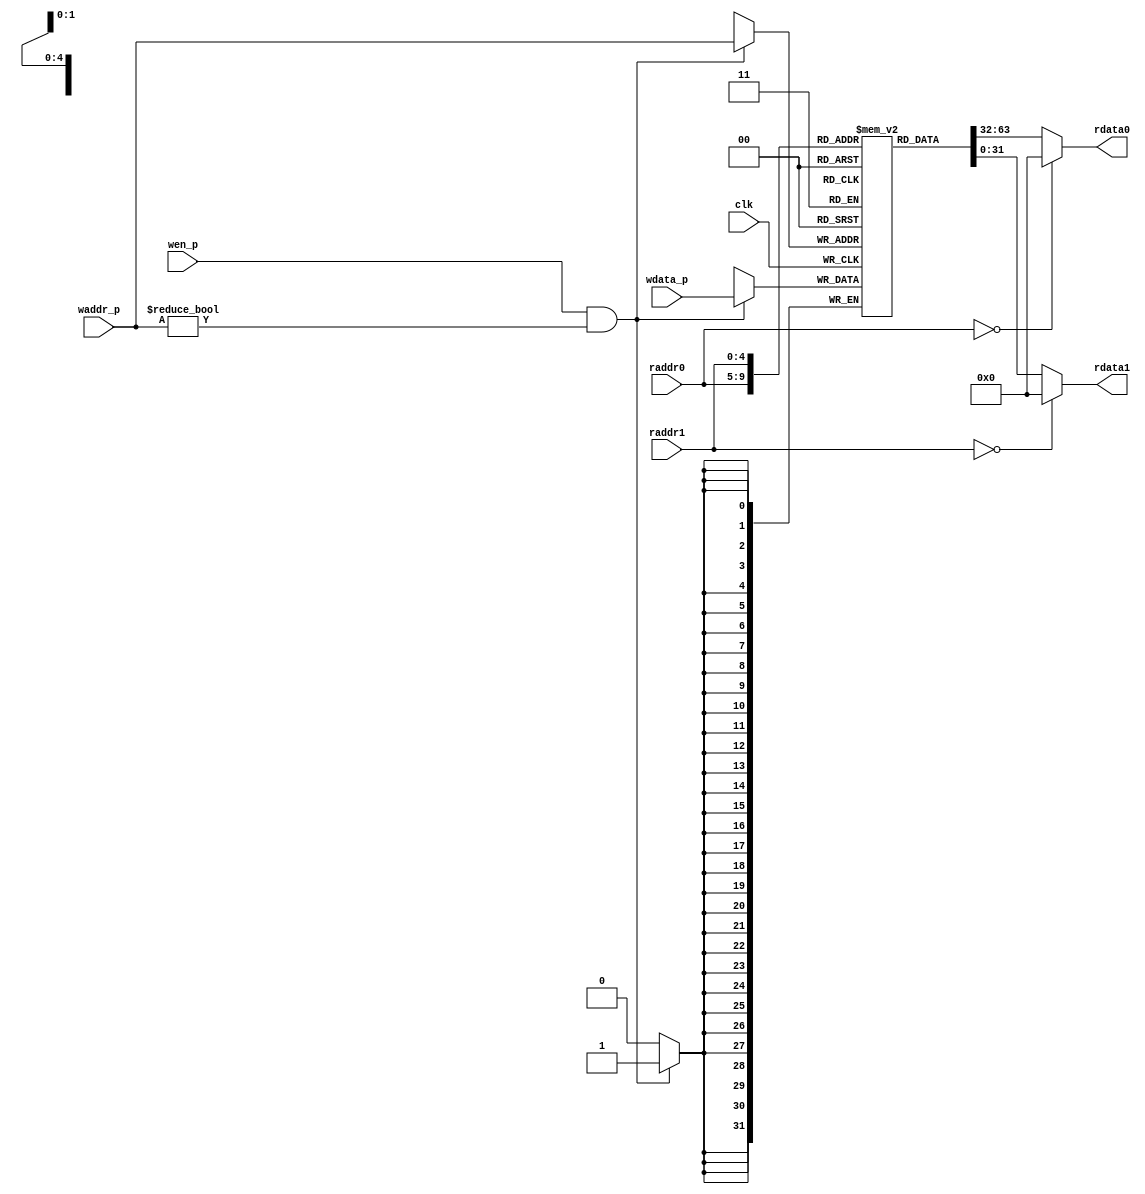
//=========================================================================
// 7-Stage RISCV Register File
//=========================================================================

`ifndef RISCV_CORE_DPATH_REGFILE_V
`define RISCV_CORE_DPATH_REGFILE_V

module riscv_CoreDpathRegfile
(
  input         clk,
  input  [ 4:0] raddr0,  // Read 0 address (combinational input)
  output [31:0] rdata0,  // Read 0 data (combinational on raddr)
  input  [ 4:0] raddr1,  // Read 1 address (combinational input)
  output [31:0] rdata1,  // Read 1 data (combinational on raddr)
  input         wen_p,   // Write enable (sample on rising clk edge)
  input  [ 4:0] waddr_p, // Write address (sample on rising clk edge)
  input  [31:0] wdata_p  // Write data (sample on rising clk edge)
);

  // We use an array of 32 bit register for the regfile itself
  reg [31:0] registers[31:0];

  // Combinational read ports
  assign rdata0 = ( raddr0 == 0 ) ? 32'b0 : registers[raddr0];
  assign rdata1 = ( raddr1 == 0 ) ? 32'b0 : registers[raddr1];

  // Write port is active only when wen is asserted
  always @( posedge clk )
  begin
    if ( wen_p && (waddr_p != 5'b0) )
      registers[waddr_p] <= wdata_p;
  end

endmodule

`endif